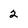
Character: 2